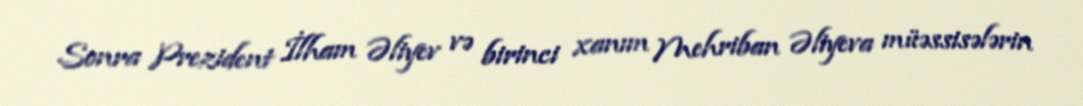
Sonra Prezident İlham Əliyev və birinci xanım Mehriban Əliyeva müəssisələrin